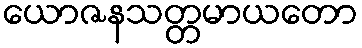
ယောဇနသတ္တမာယတော